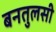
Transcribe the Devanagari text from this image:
बनतुलसी